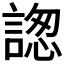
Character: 𧩪